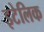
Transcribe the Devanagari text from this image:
इटेलिक